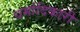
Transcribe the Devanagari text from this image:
धर्मादिकारी